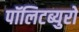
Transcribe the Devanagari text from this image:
पॉलिटब्युरो